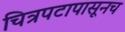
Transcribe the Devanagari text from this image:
चित्रपटापासूनच